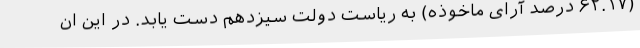
(۶۲.۱۷ درصد آرای ماخوذه) به ریاست دولت سیزدهم دست یابد. در این ان